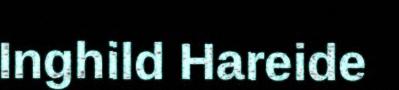
Inghild Hareide